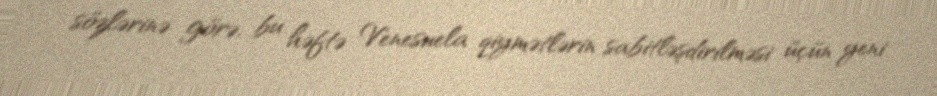
sözlərinə görə, bu həftə Venesuela qiymətlərin sabitləşdirilməsi üçün yeni